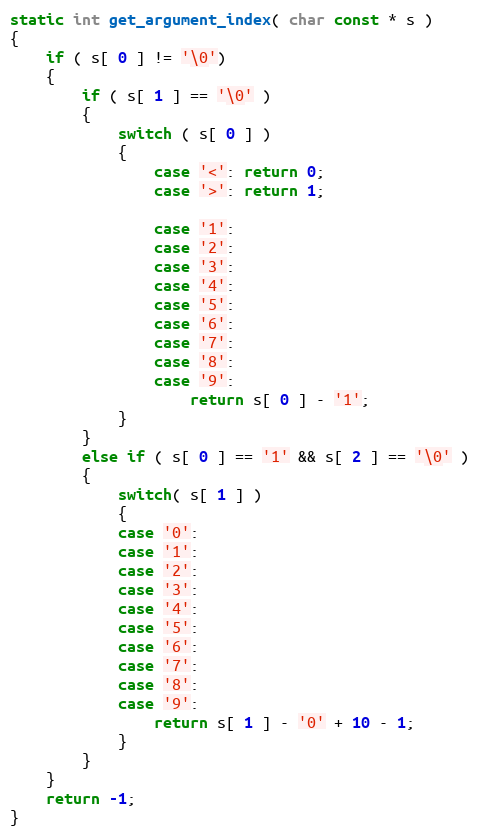
Language: C
static int get_argument_index( char const * s )
{
    if ( s[ 0 ] != '\0')
    {
        if ( s[ 1 ] == '\0' )
        {
            switch ( s[ 0 ] )
            {
                case '<': return 0;
                case '>': return 1;

                case '1':
                case '2':
                case '3':
                case '4':
                case '5':
                case '6':
                case '7':
                case '8':
                case '9':
                    return s[ 0 ] - '1';
            }
        }
        else if ( s[ 0 ] == '1' && s[ 2 ] == '\0' )
        {
            switch( s[ 1 ] )
            {
            case '0':
            case '1':
            case '2':
            case '3':
            case '4':
            case '5':
            case '6':
            case '7':
            case '8':
            case '9':
                return s[ 1 ] - '0' + 10 - 1;
            }
        }
    }
    return -1;
}